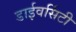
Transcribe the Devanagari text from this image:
डाईवर्सिटी